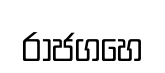
රාජගහෙ